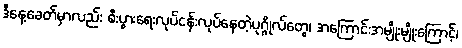
ဒီနေ့ခေတ်မှာလည်း စီးပွားရေးလုပ်ငန်းလုပ်နေတဲ့ပုဂ္ဂိုလ်တွေ၊ အကြောင်းအမျိုးမျိုးကြောင့်၊